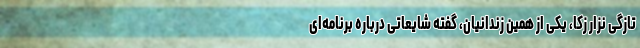
تازگی نزار زکا، یکی از همین زندانیان، گفته شایعاتی درباره برنامه‌ای